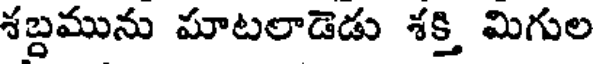
శబ్దమును మాటలాడెడు శక్తి మిగుల